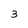
Character: 3